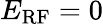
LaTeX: E_{\mathrm{RF}}=0